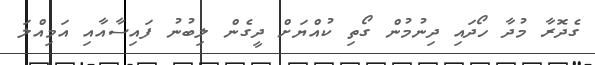
ގެދޮރާ މުދާ ހޯދައި ދިނުމުން ގޯތި ކުއްޔަށް ދީގެން ލިބުނު ފައިސާއާއި އަމިއްލަ